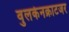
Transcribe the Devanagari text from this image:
वुलकेनक्राटजर